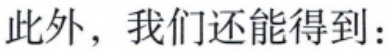
此外，我们还能得到：